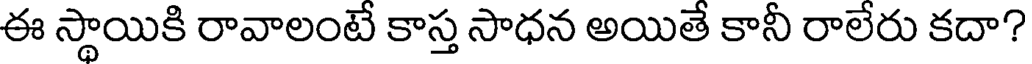
ఈ స్థాయికి రావాలంటే కాస్త సాధన అయితే కానీ రాలేరు కదా?